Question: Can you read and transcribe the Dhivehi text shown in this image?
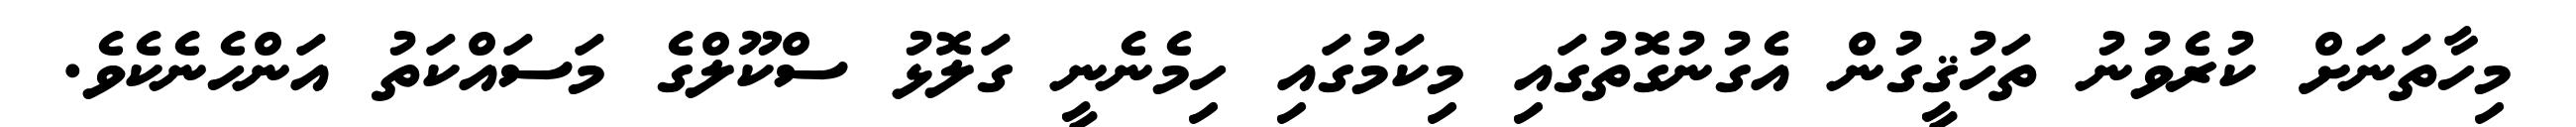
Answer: މިހާތަނަށް ކުރެވުނު ތަހުޤީގުން އެގުނުގޮތުގައި މިކަމުގައި ހިމެނެނީ ގަލޮޅު ސްކޫލްގެ މަސައްކަތު އަންހެނެކެވެ.